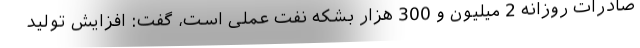
صادرات روزانه 2 میلیون و 300 هزار بشکه نفت عملی است، گفت: افزایش تولید